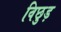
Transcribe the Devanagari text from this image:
विछुड़